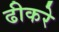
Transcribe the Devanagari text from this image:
ढीकरे